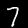
Label: 7